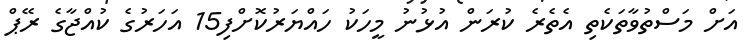
އަށް މަސްތުވާތަކެތި އެތެރެ ކުރަން އުޅުނު މީހަކު ހައްޔަރުކޮށްފި15 އަހަރުގެ ކުއްޖާގެ ރޭޕް